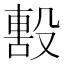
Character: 毄